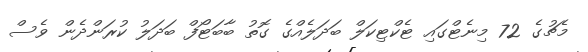
މެޗުގެ 72 މިނެޓްގައި ޓެކްޓިކަލް ބަދަލެއްގެ ގޮތު ބާބަޓޯފް ބަދަލު ކުރަންދެން ވެސް